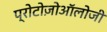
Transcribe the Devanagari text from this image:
प्रोटोज़ोऑलोजी